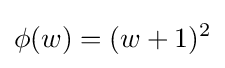
\phi (w)=(w+1)^{2}